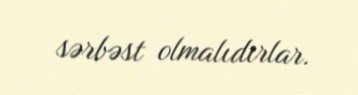
sərbəst olmalıdırlar.